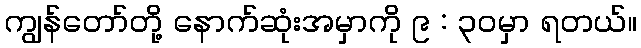
ကျွန်တော်တို့ နောက်ဆုံးအမှာကို ၉ : ၃၀မှာ ရတယ်။